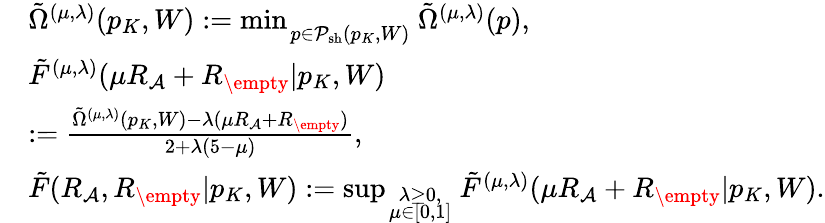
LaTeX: \begin{array}{rl}&{\tilde{\Omega}^{(\mu,\lambda)}(p_{K},W):=\operatorname*{min}_{\scriptstyle\atop{\scriptstyle p\in{{\cal P}_{\mathrm{sh}}(p_{K},W)}}}\tilde{\Omega}^{(\mu,\lambda)}(p),}\\ &{\tilde{F}^{(\mu,\lambda)}({\mu}R_{\cal A}+R_{\empty}|p_{K},W)}\\ &{:=\frac{\tilde{\Omega}^{(\mu,\lambda)}(p_{K},W)-\lambda({\mu}R_{\cal A}+R_{\empty})}{2+\lambda(5-\mu)},}\\ &{\tilde{F}(R_{\cal A},R_{\empty}|p_{K},W):=\operatorname*{sup}_{\scriptstyle\lambda\geq 0,\atop{\scriptstyle\mu\in[0,1]}}\tilde{F}^{(\mu,\lambda)}({\mu}R_{\cal A}+R_{\empty}|p_{K},W).}\end{array}